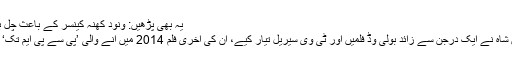
یہ بھی پڑھیں: ونود کھنہ کینسر کے باعث چل بسے
کندن شاہ نے ایک درجن سے زائد بولی وڈ فلمیں اور ٹی وی سیریل تیار کیے، ان کی آخری فلم 2014 میں آنے والی ’پی سے پی ایم تک‘ تھی۔